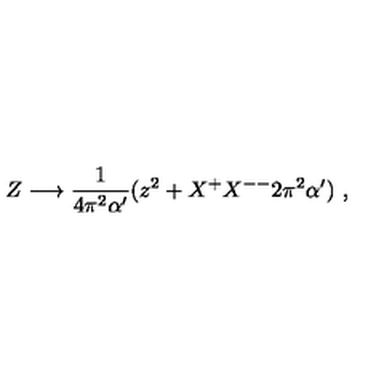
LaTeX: Z \longrightarrow \frac { 1 } { 4 \pi ^ { 2 } \alpha ^ { \prime } } ( z ^ { 2 } + X ^ { + } X ^ { -- } 2 \pi ^ { 2 } \alpha ^ { \prime } ) \ ,